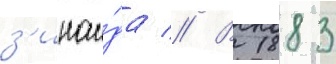
з'инаи́да // В 1883